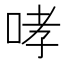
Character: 哮